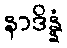
နာဒိန္နံ